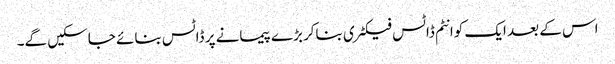
اس کے بعد ایک کوانٹم ڈاٹس فیکٹری بناکر بڑے پیمانے پر ڈاٹس بنائے جاسکیں گے۔